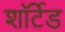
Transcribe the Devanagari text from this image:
शॉर्टेड